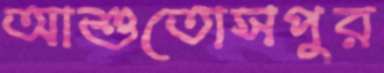
আশুতোসপুর